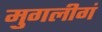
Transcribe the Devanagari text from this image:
मुगलीगं